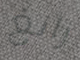
زانغ